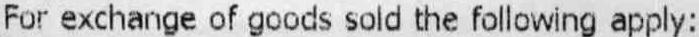
FOR EXCHANGE OF GOODS SOLD THE FOLLOWING APPLY: